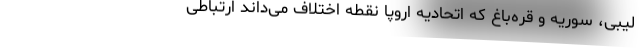
لیبی، سوریه و قره‌باغ که اتحادیه اروپا نقطه اختلاف می‌داند ارتباطی